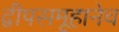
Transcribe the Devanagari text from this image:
द्वीपसमूहानेच